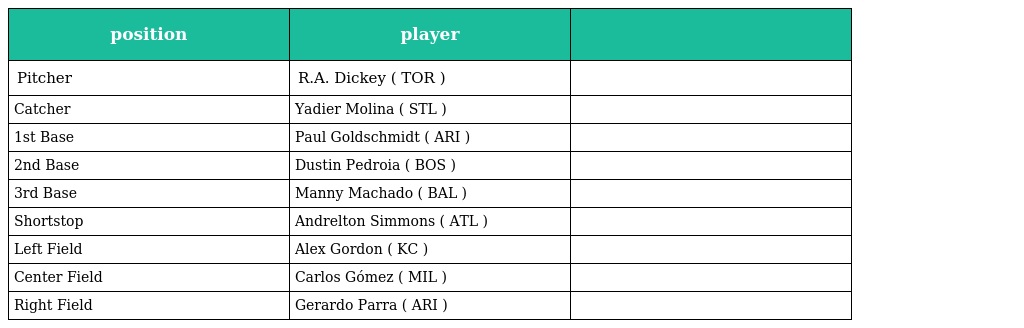
| position | player |  |
 | --- | --- | --- |
 | Pitcher | R.A. Dickey ( TOR ) |  |
 | Catcher | Yadier Molina ( STL ) |  |
 | 1st Base | Paul Goldschmidt ( ARI ) |  |
 | 2nd Base | Dustin Pedroia ( BOS ) |  |
 | 3rd Base | Manny Machado ( BAL ) |  |
 | Shortstop | Andrelton Simmons ( ATL ) |  |
 | Left Field | Alex Gordon ( KC ) |  |
 | Center Field | Carlos Gómez ( MIL ) |  |
 | Right Field | Gerardo Parra ( ARI ) |  |